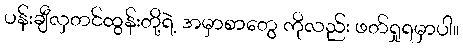
ပန်းချီလှတင်ထွန်းတို့ရဲ့ အမှာစာတွေ ကိုလည်း ဖတ်ရှုရမှာပါ။